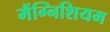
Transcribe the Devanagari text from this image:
मैंग्निशियम